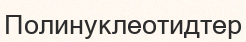
Полинуклеотидтер